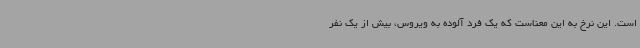
است. این نرخ به این معناست که یک فرد آلوده به ویروس، بیش از یک نفر